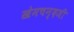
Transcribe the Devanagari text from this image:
खेमचन्दजी